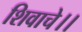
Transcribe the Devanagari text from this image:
शिवाचे।।